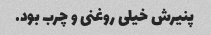
پنیرش خیلی روغنی و چرب بود.